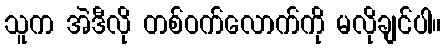
သူက အဲဒီလို တစ်ဝက်လောက်ကို မလိုချင်ပါ။